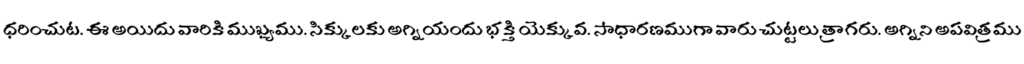
ధరించుట. ఈ అయిదు వారికి ముఖ్యము. సిక్కులకు అగ్నియందు భక్తి యెక్కువ. సాధారణముగా వారు చుట్టలు త్రాగరు. అగ్నిని అపవిత్రము